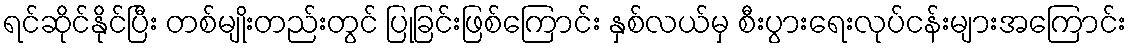
ရင်ဆိုင်နိုင်ပြီး တစ်မျိုးတည်းတွင် ပြုခြင်းဖြစ်ကြောင်း နှစ်လယ်မှ စီးပွားရေးလုပ်ငန်းများအကြောင်း